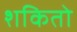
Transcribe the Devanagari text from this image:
शकितो